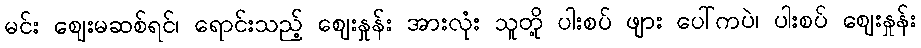
မင်း ဈေးမဆစ်ရင်၊ ရောင်းသည့် ဈေးနှုန်း အားလုံး သူတို့ ပါးစပ် ဖျား ပေါ်ကပဲ၊ ပါးစပ် ဈေးနှုန်း